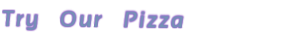
Try Our Pizza